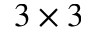
3 \times 3